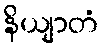
နိယျာတံ